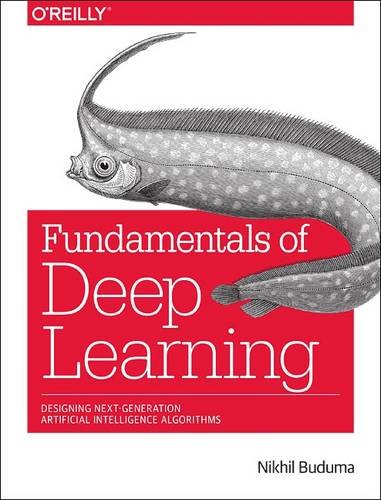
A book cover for Fundamentals of Deep Learning: Designing Next-Generation Artificial Intelligence Algorithms; Nikhil Buduma; Computers & Technology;